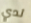
لدي